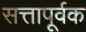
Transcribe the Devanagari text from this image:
सत्तापूर्वक